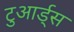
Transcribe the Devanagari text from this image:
टुआर्ड्स